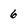
Character: 6